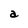
Character: a